Report on vaccination in Madras 1922-1929 - 1922-1929
Year: 1922
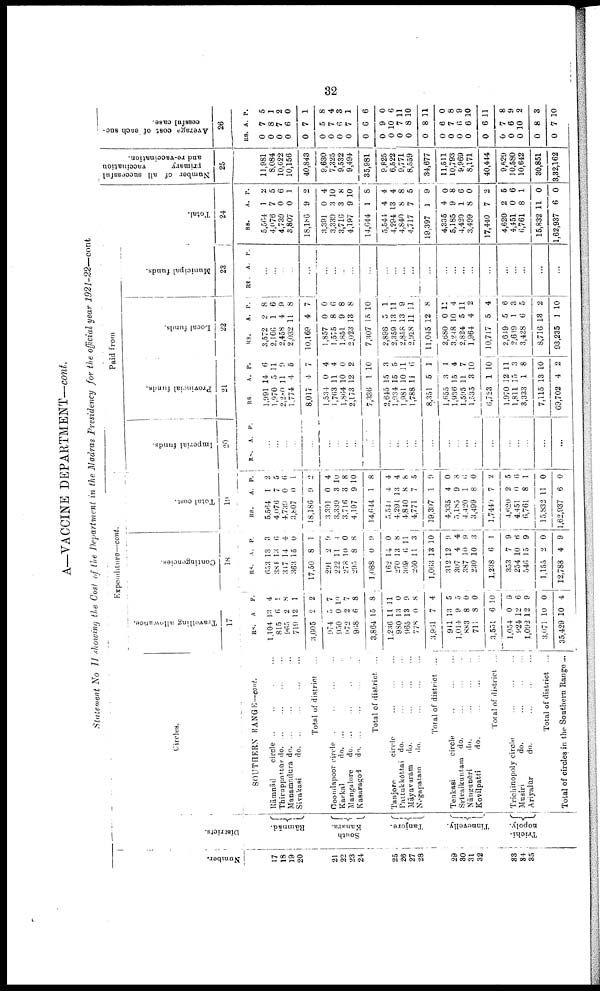
32
A—VACCINE DEPARTMENT—cont.
Statement No II showing the Cost of the Department in the Madras Presidency for the official year 1921-22—cont.
Number.
17
18
19
20
21
22
23
24
25
26
27
28
29
30
31
32
33
34
35
Districts.
Rāmnād.
South
Kanara.
Tanjore.
Tinnevelly.
Trichi¬
nopoly.
Circles.
SOUTHERN RANGE—cont.
Rāmnād
circle ... ... ...
Thiruppattūr d
o
. ... ... ... ...
Manamadura do. ... ... ...
Sivakasi
d
o
. ... ... ... ...
Total of district ...
Coondapoor circle ... ... ... ... ...
Karkal
do. ...
...
...
...
Mangalore
d
o
. ... ... ... ...
Kasaragod
d
o
. ... ... ... ...
Total of district ...
Tanjore
circle
...
...
...
Pattukkōttai do.
...
...
...
Māyavaram
do. ... ... ...
Negapatam
do. ... ... ...
Total of district ...
Tenkasi
circle ... ... ...
Srīvaikuntam
do.
...
...
...
Nāngunēri
do. ... ... ...
Kovilpatti
do.
...
...
...
Total of district. ...
Trichinopoly circle
...
...
...
Musiri
do.
...
...
...
Ariyalūr
do.
...
...
...
Total of district ...
Total of circles in the Southern Range ...
Expenditure—cont.
Travelling allowance.
17
RS.
1,104
815
965
710
3,605
974
950
972
968
3,864
1,236
980
965
778
3,961
941
1,014
883
711
3,551
1,054
924
1,092
3,071
35,429
A
13
6
2
12
2
5
0
2
6
15
11
13
13
0
7
13
9
8
8
6
0
12
12
10
10
P.
4
1
8
1
2
7
10
7
8
8
11
0
9
8
4
5
5
0
0
10
9
6
9
0
4
Contingencies.
18
RS.
653
384
347
363
17,50
291
222
278
295
1,088
162
270
369
260
1,063
312
307
387
230
1,238
353
254
546
1,155
12,788
A.
13
13
14
15
8
2
11
10
8
0
14
13
6
11
13
12
4
10
10
6
7
10
15
2
4
P.
3
6
4
0
1
9
4
0
8
9
0
8
11
3
10
9
4
9
3
1
9
6
9
0
9
Total cost.
19
RS.
5,564
4,076
4,739
3,807
18,186
3,391
3,339
3,716
4,197
14,644
5,541
4,294
4,840
4,771
19,397
4,335
5,185
4,420
3,499
1,7440
4,620
4,451
6,761
15,832
1,62,937
A.
1
7
0
0
9
0
3
3
9
1
4
13
8
7
1
4
9
1
8
7
2
0
8
11
6
P.
2
5
6
1
2
4
10
8
10
8
4
4
8
5
9
0
8
6
0
2
5
6
1
0
0
Paid from
Imperial funds.
20
RS. A. P.
...
...
...
...
...
...
...
...
...
...
...
...
...
...
...
...
...
...
...
...
...
...
...
...
...
Provincial funds.
21
RS.
1,991
1,970
2,280
1,774
8,017
1,534
1,763
1,864
2,173
7,336
2,645
1,934
1,981
1,788
8,351
1,655
1,936
1,595
1,535
6,723
1,970
1,811
3,333
7,115
69,702
A.
14
5
11
4
4
0
11
10
12
1
15
15
10
11
5
3
15
11
3
1
12
15
1
13
4
P.
6
11
9
5
7
4
4
0
2
10
3
5
11
6
1
1
4
7
10
10
11
3
8
10
2
Local funds.
22
RS.
3,572
2,106
2,458
2,032
10,169
1,857
1,575
1,851
2,023
7,307
2,898
2,359
2,858
2,928
11,045
2,680
3,248
2,824
1,964
10,717
2,649
2,639
3,428
8,716
93,235
A.
2
1
4
11
4
0
8
9
13
15
5
13
13
11
12
0
10
5
4
5
5
1
6
18
1
P.
8
6
9
8
7
0
6
8
8
10
1
11
9
11
8
11
4
11
2
4
6
3
5
2
10
Municipal funds.
23
RS. A. P.
...
...
...
...
...
...
...
...
...
...
...
...
...
...
...
...
...
...
...
...
...
...
...
...
...
Total.
24
RS.
5,564
4,076
4,730
3,807
18,186
3,391
3,339
3,716
4,197
14,644
5,544
4,294
4,840
4,717
19,397
4,335
5,185
4,420
3,499
17,440
4,620
4,451
6,761
15,832
1,62,937
A.
1
7
0
0
9
0
3
3
9
1
4
13
8
7
1
4
9
1
8
7
2
0
8
11
6
P.
2
5
6
1
2
4
10
8
10
8
4
4
8
5
9
0
8
6
0
2
5
6
1
0
0
Number of all successful
primary
vaccination
and re-vaccination.
25
11,981
8,084
10,622
10,156
40,843
9,630
7,325
9,532
9,494
35,981
9,825
6,522
9,771
8,559
34,677
11,511
10,793
9,969
8,171
40,444
9,629
10,580
10,642
30,851
3,32,162
Average cost of each suc
cessful case.
26
RS.
0
0
0
0
0
0
0
0
0
0
0
0
0
0
0
0
0
0
0
0
0
0
0
0
0
A.
7
8
7
6
7
5
7
6
7
6
9
10
7
8
8
6
7
6
6
6
7
6
10
8
7
P.
5
1
2
0
1
8
4
3
1
6
0
6
11
10
11
0
8
9
10
11
8
9
2
3
10